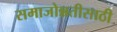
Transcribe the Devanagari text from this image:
समाजोन्नतीसाठी